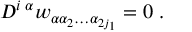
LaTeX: D ^ { i \; \alpha } w _ { \alpha \alpha _ { 2 } \ldots \alpha _ { 2 j _ { 1 } } } = 0 \; .